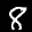
Digit: 8